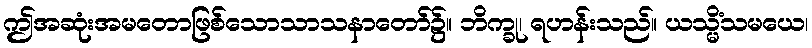
ဤအဆုံးအမတောဖြစ်သောသာသနာတော်၌။ ဘိက္ခု၊ ရဟန်းသည်။ ယသ္မိံသမယေ၊